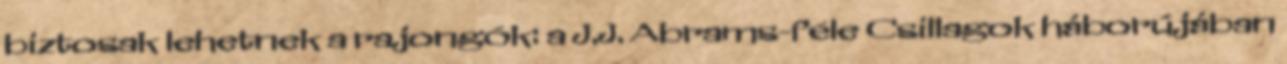
biztosak lehetnek a rajongók: a J.J. Abrams-féle Csillagok háborújában